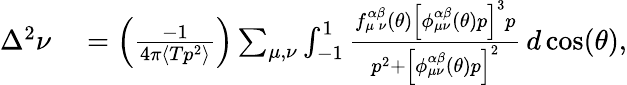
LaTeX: \begin{array}{rl}{\Delta^{2}\nu}&{{}=\left(\frac{-1}{4\pi\langle Tp^{2}\rangle}\right)\sum_{{\mu},{\nu}}\int_{-1}^{1}\frac{f_{{\mu}\, {\nu}}^{\alpha\beta}(\theta)\left[\phi_{{\mu}{\nu}}^{\alpha\beta}(\theta)p\right]^{3}p}{p^{2}+\left[\phi_{{\mu}{\nu}}^{\alpha\beta}(\theta)p\right]^{2}}\, d\cos(\theta),}\end{array}